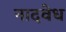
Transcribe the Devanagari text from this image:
नादवेध